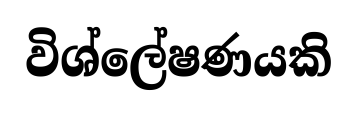
විශ්ලේෂණයකි